Vaccination in Burma 1889-1999 - 1889-1999
Year: 1889
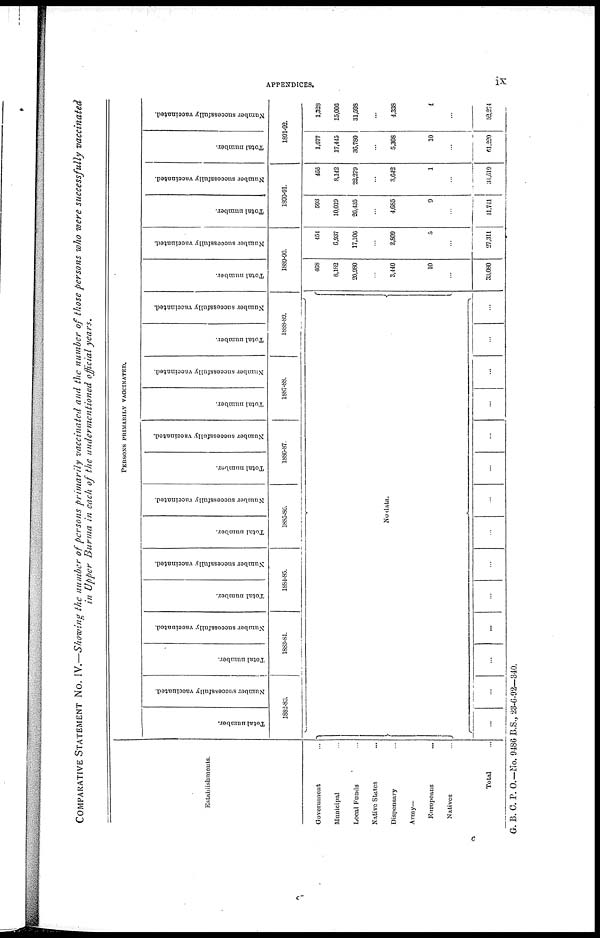
APPENDICES.
ix
COMPARATIVE STATEMENT No. IV.—Showing the number of persons primarily vaccinated and the number of those persons who were successfully vaccinated
in Upper Burma in each of the undermentioned official years.
Establishments.
Government ...
Municipal ...
Local Funds ...
Native States ...
Dispensary ...
Army—
Europeans ...
Natives ...
Total ...
PERSONS PRIMARILY VACCINATED.
Total number.
Number successfully vaccinated.
1882-83.
Total number.
Number successfully vaccinated.
1883-84.
Total number.
Number successfully vaccinated.
1884-85.
Total number.
Number successfully vaccinated.
1885-86.
Total number.
Number successfully vaccinated.
1886-87.
Total number.
Number successfully vaccinated.
1887-88.
Total number.
Number successfully vaccinated.
1888-89.
No data.
...
...
...
...
...
...
...
...
...
...
...
...
...
...
Total number.
Number successfully vaccinated.
1889-90.
468
8,182
20,980
...
3,410
10
...
33,080
454
6,937
17,106
...
2,809
5
...
27,311
Total number.
Number successfully vaccinated.
1890-91.
593
10,019
26,435
...
4,685
9
...
41,741
155
8,142
22,279
...
3,642
1
...
34,519
Total number.
Number successfully vaccinated.
1891-92.
1,677
17,415
36,780
...
5,308
10
...
61,220
1,328
15,006
31,598
...
1,338
1
...
52,274
G. B. C. P. O.—No. 9486 B.S., 23-6-92—340.
c